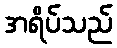
အရိပ်သည်